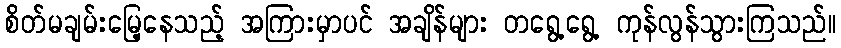
စိတ်မချမ်းမြေ့နေသည့် အကြားမှာပင် အချိန်များ တရွေ့ရွေ့ ကုန်လွန်သွားကြသည်။